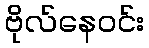
ဗိုလ်နေဝင်း